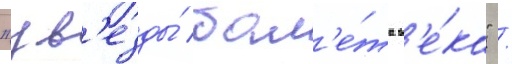
"зв'езды́ бал'е́та в'е́ка" /